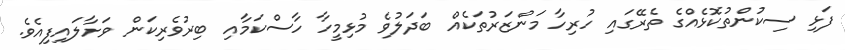
ފަޅި ސިކުންތުކޮޅެއްގެ ތެރޭގައި ހުރިހާ މަންޒަރުތަކެއް ބަދަލުވެ މުޅިމީހާ ހާސްކަމާއި ބިރުވެރިކަން ވަށާލައިފިއެވެ.